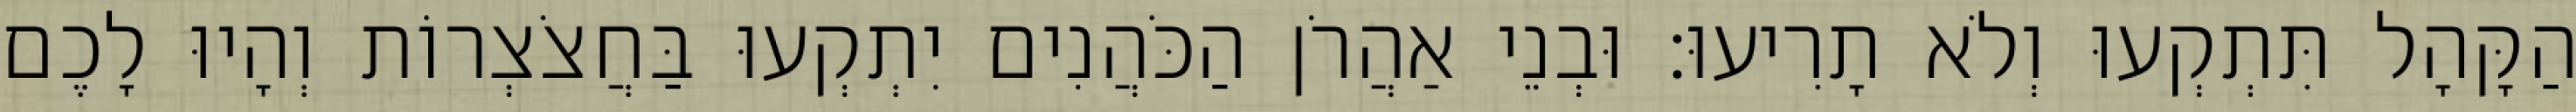
הַקָּהָל תִּתְקְעוּ וְלֹא תָרִיעוּ׃ וּבְנֵי אַהֲרֹן הַכֹּהֲנִים יִתְקְעוּ בַּחֲצֹצְרוֹת וְהָיוּ לָכֶם